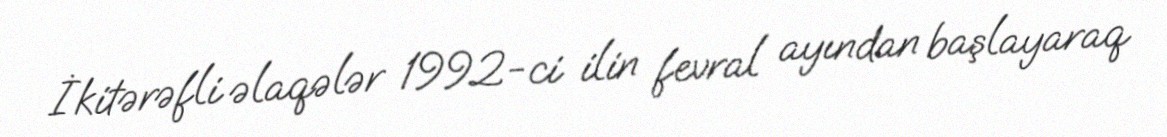
İkitərəfli əlaqələr 1992-ci ilin fevral ayından başlayaraq